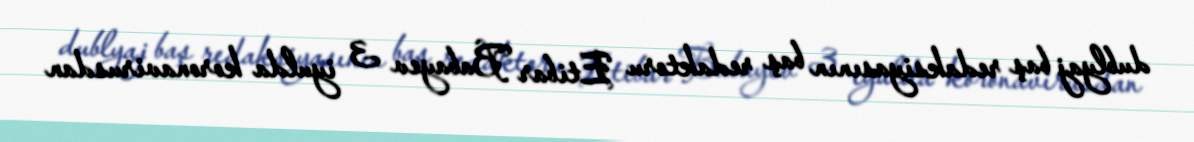
dublyaj baş redaksiyasının baş redaktoru Etibar Babayev 3 iyulda koronavirusdan